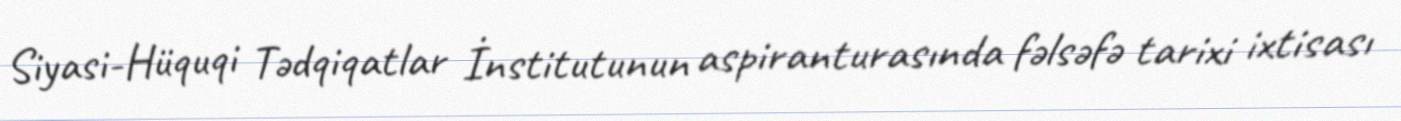
Siyasi-Hüquqi Tədqiqatlar İnstitutunun aspiranturasında fəlsəfə tarixi ixtisası